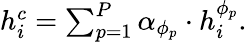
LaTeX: \begin{array}{r}{\begin{array}{r}{h_{i}^{c}=\sum_{p=1}^{P}\alpha_{\phi_{p}}\cdot h_{i}^{\phi_{p}}.}\end{array}}\end{array}